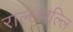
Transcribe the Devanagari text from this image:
राल्लपल्लि